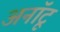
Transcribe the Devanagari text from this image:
अनॉटू